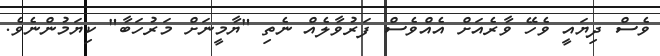
ވެސް ދިޔައީ ވެހޭ ވާރެއަށް އެއްވެސް ފަރުވާލެއް ނެތި "ޔާމީނަށް މަރުހަބާ" ކިޔަމުންނެވެ.